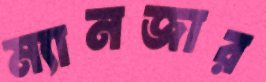
ম্যানজার